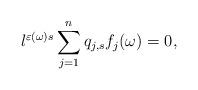
LaTeX: \begin{align*} l^{\varepsilon(\omega) s} \sum_{j=1}^n q_{j,s} f_j(\omega) = 0, \end{align*}